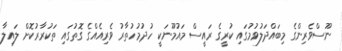
ނޫސްވެރިންގެ މިބައްދަލުވުމުގައި ކުރީގެ ރައީސް މައުމޫނަކީ ހުދުމުހުތާރު ވެރިއެއްގެ ގޮތުގައި ތަކުރާރުކޮށް ލައިލާ